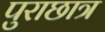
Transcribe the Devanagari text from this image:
पुराछात्र